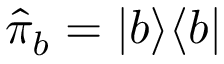
\hat { \pi } _ { b } = | b \rangle \langle b |